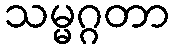
သမ္မဂ္ဂတာ